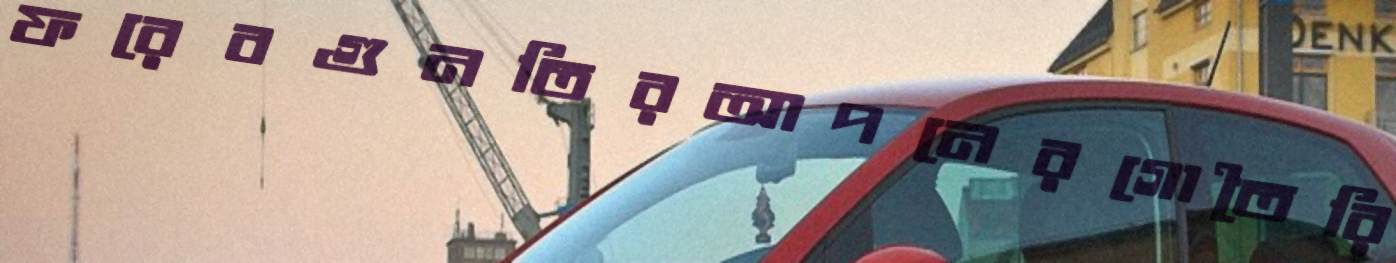
ফরেবগুনতিরআপনেরগোতৈরি